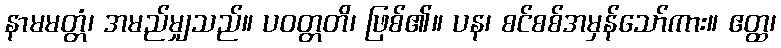
နာမမတ္တံ၊ အမည်မျှသည်။ ပဝတ္တတိ၊ ဖြစ်၏။ ပန၊ စင်စစ်အမှန်သော်ကား။ ဧတ္ထ၊